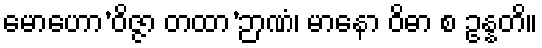
မောဟော’ဝိဇ္ဇာ တထာ’ဉာဏံ၊ မာနော ဝိဓာ စ ဥန္နတိ။